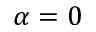
\alpha = 0